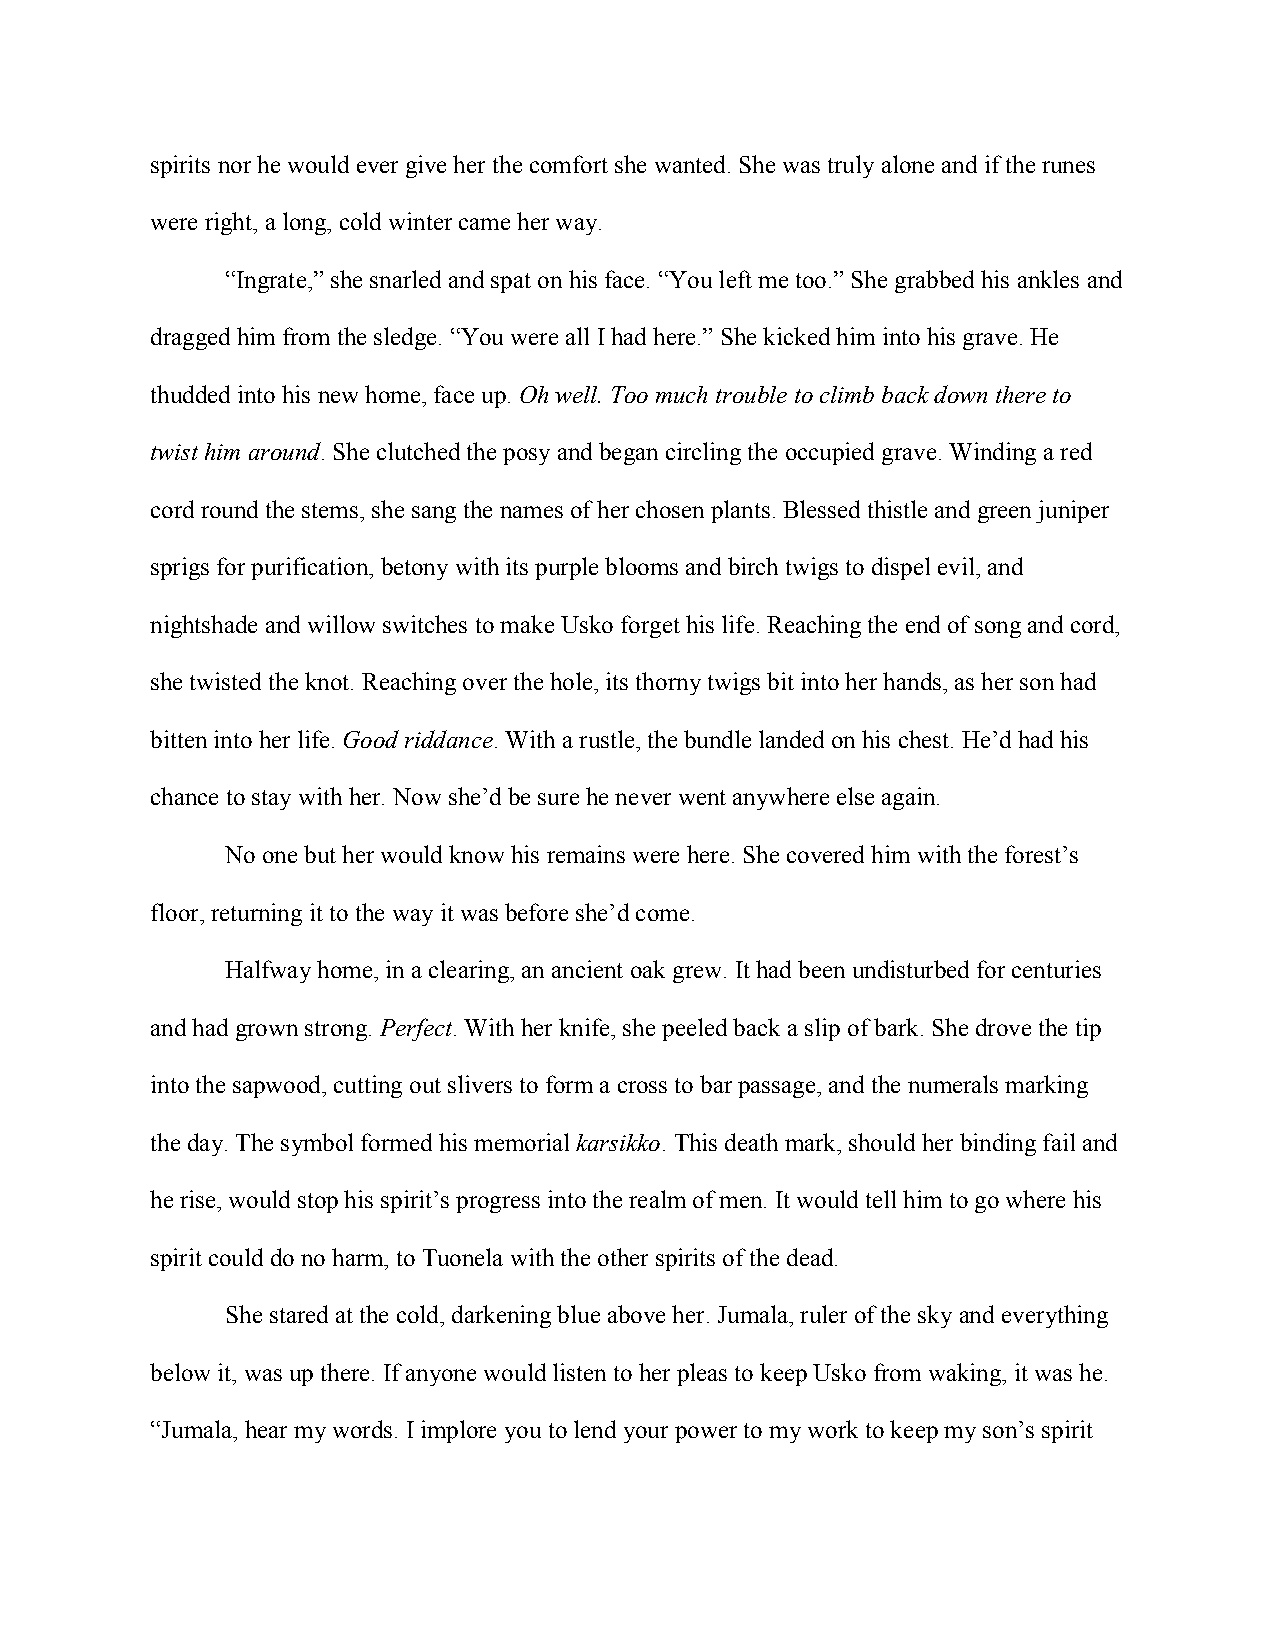
spirits nor he would ever give her the comfort she wanted. She was truly alone and if the runes
 were right, a long, cold winter came her way.
 “Ingrate,” she snarled and spat on his face. “You left me too.” She grabbed his ankles and
 dragged him from the sledge. “You were all I had here.” She kicked him into his grave. He
 thudded into his new home, face up. Oh well. Too much trouble to climb back down there to
 twist him around. She clutched the posy and began circling the occupied grave. Winding a red
 cord round the stems, she sang the names of her chosen plants. Blessed thistle and green juniper
 sprigs for purification, betony with its purple blooms and birch twigs to dispel evil, and
 nightshade and willow switches to make Usko forget his life. Reaching the end of song and cord,
 she twisted the knot. Reaching over the hole, its thorny twigs bit into her hands, as her son had
 bitten into her life. Good riddance. With a rustle, the bundle landed on his chest. He’d had his
 chance to stay with her. Now she’d be sure he never went anywhere else again.
 No one but her would know his remains were here. She covered him with the forest’s
 floor, returning it to the way it was before she’d come.
 Halfway home, in a clearing, an ancient oak grew. It had been undisturbed for centuries
 and had grown strong. Perfect. With her knife, she peeled back a slip of bark. She drove the tip
 into the sapwood, cutting out slivers to form a cross to bar passage, and the numerals marking
 the day. The symbol formed his memorial karsikko. This death mark, should her binding fail and
 he rise, would stop his spirit’s progress into the realm of men. It would tell him to go where his
 spirit could do no harm, to Tuonela with the other spirits of the dead.
 She stared at the cold, darkening blue above her. Jumala, ruler of the sky and everything
 below it, was up there. If anyone would listen to her pleas to keep Usko from waking, it was he.
 “Jumala, hear my words. I implore you to lend your power to my work to keep my son’s spirit